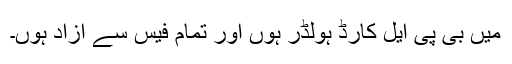
میں بی پی ایل کارڈ ہولڈر ہوں اور تمام فیس سے آزاد ہوں۔